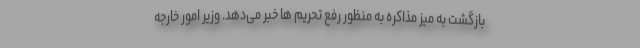
بازگشت به میز مذاکره به منظور رفع تحریم ها خبر می‌دهد. وزیر امور خارجه